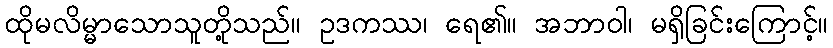
ထိုမလိမ္မာသောသူတို့သည်။ ဥဒကဿ၊ ရေ၏။ အဘာဝါ၊ မရှိခြင်းကြောင့်။